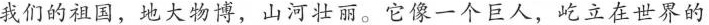
我们的祖国，地大物博，山河壮丽。它像一个巨人，屹立在世界的